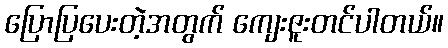
ပြောပြပေးတဲ့အတွက် ကျေးဇူးတင်ပါတယ်။